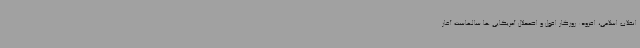
انقلاب اسلامی، افزود: روزگار افول و اضمحلال آمریکایی ها سالهاست آغاز